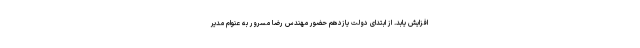
افزایش یابد. از ابتدای دولت یازدهم حضور مهندس رضا مسرور به عنوام مدیر